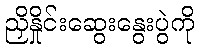
ညှိနှိုင်းဆွေးနွေးပွဲကို